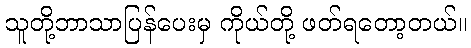
သူတို့ဘာသာပြန်ပေးမှ ကိုယ်တို့ ဖတ်ရတော့တယ်။